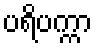
ပရိပက္ကာ